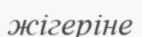
жігеріне